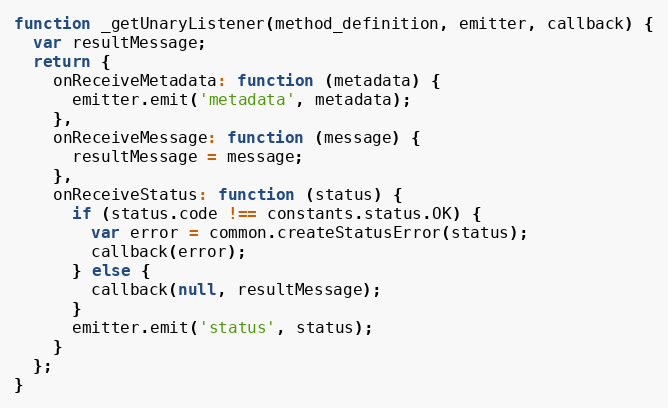
Language: JavaScript
function _getUnaryListener(method_definition, emitter, callback) {
  var resultMessage;
  return {
    onReceiveMetadata: function (metadata) {
      emitter.emit('metadata', metadata);
    },
    onReceiveMessage: function (message) {
      resultMessage = message;
    },
    onReceiveStatus: function (status) {
      if (status.code !== constants.status.OK) {
        var error = common.createStatusError(status);
        callback(error);
      } else {
        callback(null, resultMessage);
      }
      emitter.emit('status', status);
    }
  };
}